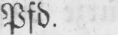
Pfd.